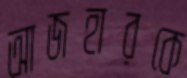
আজহারকে